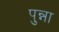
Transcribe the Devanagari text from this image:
पुन्ना